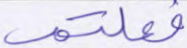
فعلتم